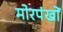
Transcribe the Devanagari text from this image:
मोरपंखों